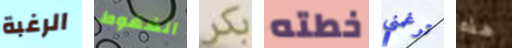
الرغبة الضغوط بكر خطته ترغمني هذه